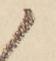
候